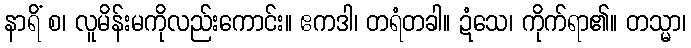
နာရိံ စ၊ လူမိန်းမကိုလည်းကောင်း။ ဧကဒါ၊ တရံတခါ။ ဍံသေ၊ ကိုက်ရာ၏။ တသ္မာ၊